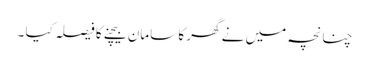
چنانچہ میں نے گھر کا سامان بیچنے کا فیصلہ کیا ۔